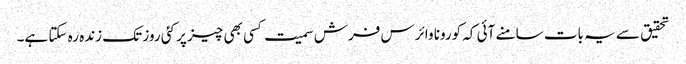
تحقیق سے یہ بات سامنے آئی کہ کورونا وائرس فرش سمیت کسی بھی چیز پر کئی روز تک زندہ رہ سکتا ہے۔